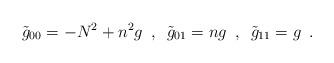
LaTeX: \begin{align*}\tilde g_{00} = -N^2 + n^2g \,\,\, , \,\,\,\tilde g_{01} = ng \,\,\, , \,\,\,\tilde g_{11} = g \,\,\, .\end{align*}